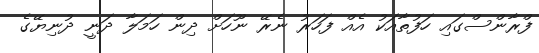
ފްރާންސްގައި ހަފުތާއަކު އެއް ފަހަރު ނެރޭ ނޫހަށް ދިން ހަމަލާ ދަނީ ދުނިޔޭގެ